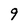
Character: 9